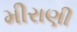
મીરાણી